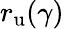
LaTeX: r_{\mathrm{u}}(\gamma)